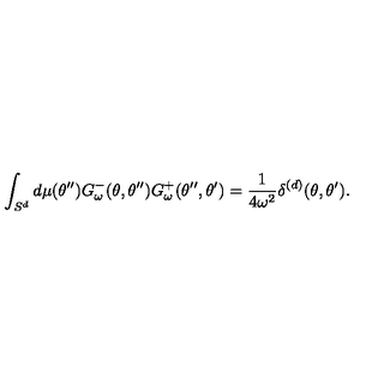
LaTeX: \int _ { S ^ { d } } d \mu ( \theta ^ { \prime \prime } ) G _ { \omega } ^ { - } ( \theta , \theta ^ { \prime \prime } ) G _ { \omega } ^ { + } ( \theta ^ { \prime \prime } , \theta ^ { \prime } ) = { \frac { 1 } { 4 \omega ^ { 2 } } } \delta ^ { ( d ) } ( \theta , \theta ^ { \prime } ) .